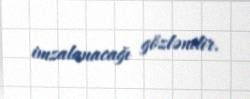
imzalanacağı gözlənilir.